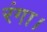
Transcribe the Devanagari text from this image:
रंगा।